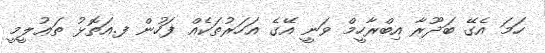
ހަމަ އެގޭ ބަދޫރާ އިބްރާހީމް ވަނީ އޭގެ އަހަރުތަކެއް ފަހުން ފ.އަތޮޅު ތަޢުލީމީ